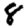
Digit: 8